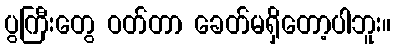
ပွကြီးတွေ ဝတ်တာ ခေတ်မရှိတော့ပါဘူး။